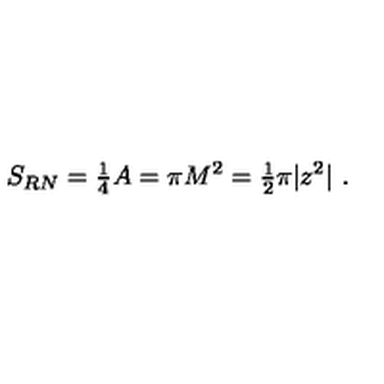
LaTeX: S _ { R N } = { \textstyle \frac { 1 } { 4 } } A = \pi M ^ { 2 } = { \textstyle \frac { 1 } { 2 } } \pi | z ^ { 2 } | \ .